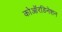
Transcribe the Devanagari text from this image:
कोऑरडिनेशन